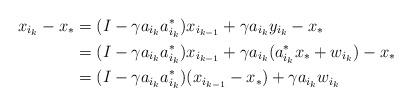
LaTeX: \begin{align*}x_{i_k} - x_* &= (I - \gamma a_{i_k} a_{i_k}^*) x_{i_{k-1}} + \gamma a_{i_k} y_{i_k} -x_{*}\\&=(I - \gamma a_{i_k} a_{i_k}^*) x_{i_{k-1}} +\gamma a_{i_k} (a_{i_{k}}^{*}x_{*}+w_{i_{k}})-x_{*}\\&=(I- \gamma a_{i_k}a_{i_k}^*)(x_{i_{k-1}} - x_*) + \gamma a_{i_k} w_{i_k} \\\end{align*}